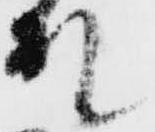
殿